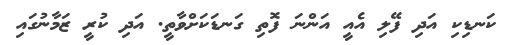
ކަނޑިކި އަދި ފޭލި އެއީ އަންނަ ފޮތި ގަނޑަކަށްވާތީ. އަދި ކުރީ ޒަމާނުގައި